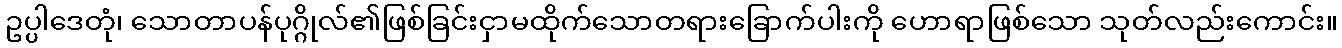
ဥပ္ပါဒေတုံ၊ သောတာပန်ပုဂ္ဂိုလ်၏ဖြစ်ခြင်းငှာမထိုက်သောတရားခြောက်ပါးကို ဟောရာဖြစ်သော သုတ်လည်းကောင်း။